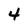
Character: 4